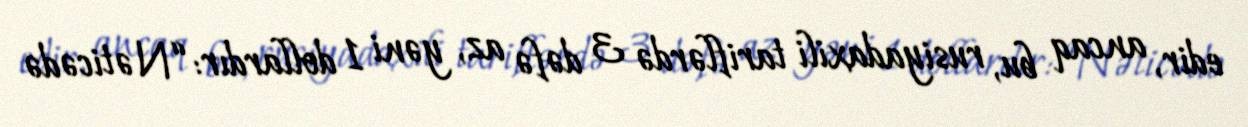
edir, ancaq bu, rusiyadaxili tariflərdə 3 dəfə az, yəni 1 dollardır: “Nəticədə